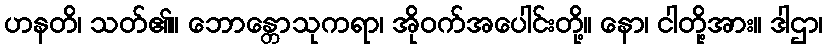
ဟနတိ၊ သတ်၏။ ဘောန္တောသုကရာ၊ အိုဝက်အပေါင်းတို့။ နော၊ ငါတို့အား။ ဒါဌာ၊